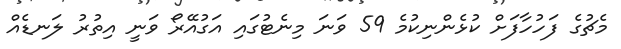
މެޗުގެ ފަހުހާފަށް ކުޅެންނިކުމެ 59 ވަނަ މިނެޓުގައި އަގުއޭރޯ ވަނީ އިތުރު ލަނޑެއް